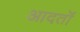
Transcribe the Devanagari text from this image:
आदतॊं